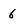
Character: 6